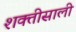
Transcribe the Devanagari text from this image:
शक्तीसाली